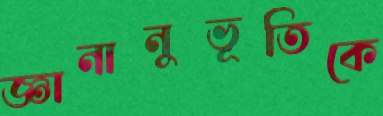
জ্ঞানানুভূতিকে